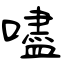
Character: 嚍